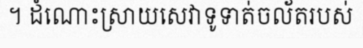
។ ដំណោះស្រាយសេវាទូទាត់ចល័តរបស់